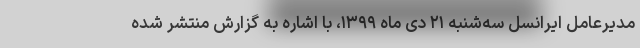
مدیرعامل ایرانسل سه‌شنبه ۲۱ دی ماه ۱۳۹۹، با اشاره به گزارش منتشر شده